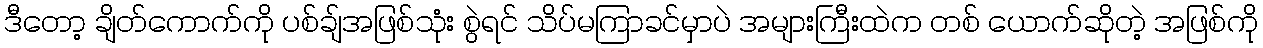
ဒီတော့ ချိတ်ကောက်ကို ပစ်ချ်အဖြစ်သုံး စွဲရင် သိပ်မကြာခင်မှာပဲ အများကြီးထဲက တစ် ယောက်ဆိုတဲ့ အဖြစ်ကို